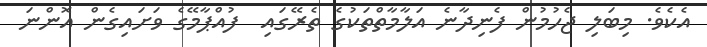
އެކެވެ. މިބަލި ޖެހުމުން ފެނިދާނެ އަލާމާތްތަކުގެ ތެރޭގައި  ފުއްޕާމޭގެ ވަށައިގެން އޮންނަ